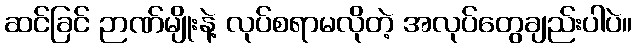
ဆင်ခြင် ဉာဏ်မျိုးနဲ့ လုပ်စရာမလိုတဲ့ အလုပ်တွေချည်းပါပဲ။